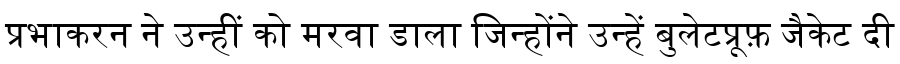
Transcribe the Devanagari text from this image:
प्रभाकरन ने उन्हीं को मरवा डाला जिन्होंने उन्हें बुलेटप्रूफ़ जैकेट दी